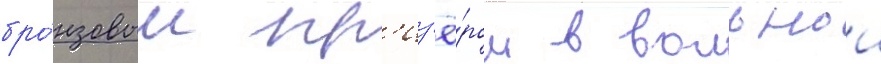
бро́нзовым пр'из'ё́ром в вольнои